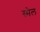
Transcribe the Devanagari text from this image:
स्मेल